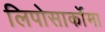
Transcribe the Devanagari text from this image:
लिपोसार्कोमा